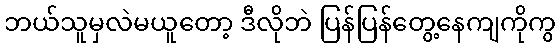
ဘယ်သူမှလဲမယူတော့ ဒီလိုဘဲ ပြန်ပြန်တွေ့နေကျကိုကွ